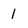
Character: 1